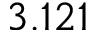
3 . 1 2 1